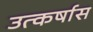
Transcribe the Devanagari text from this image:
उत्कर्षास